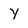
Character: Y